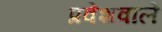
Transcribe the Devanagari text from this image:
प्रवेशवाले